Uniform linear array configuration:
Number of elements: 12
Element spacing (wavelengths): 0.25
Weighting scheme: hamming
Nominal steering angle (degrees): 45
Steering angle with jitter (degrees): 43.261
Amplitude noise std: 0.05
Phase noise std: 0.05

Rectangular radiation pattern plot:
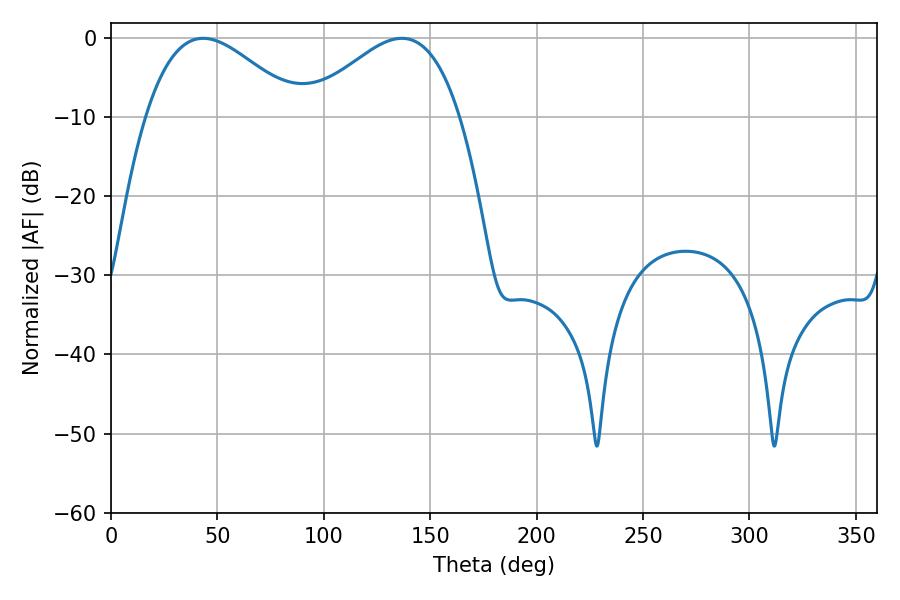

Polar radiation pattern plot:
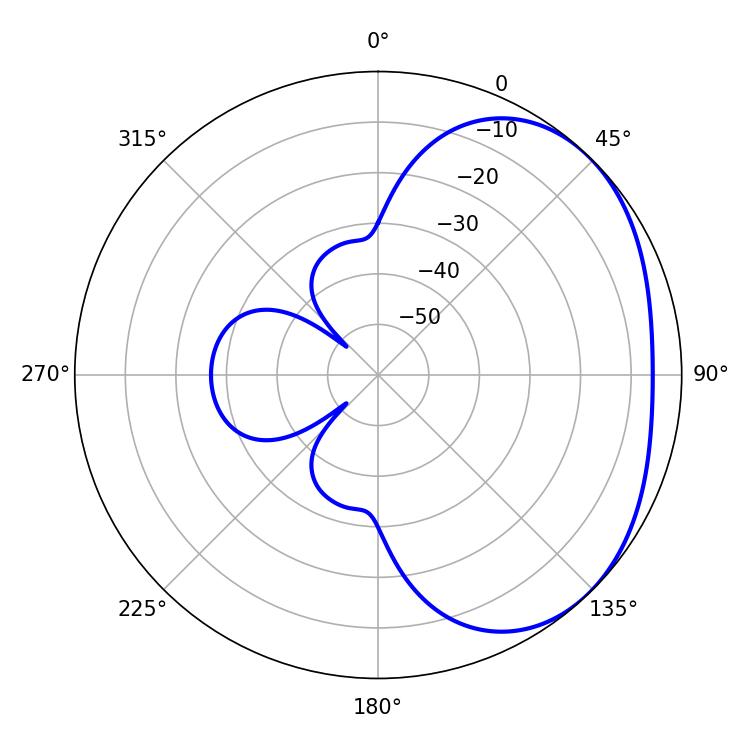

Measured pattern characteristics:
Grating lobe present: FALSE
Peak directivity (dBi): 2.641
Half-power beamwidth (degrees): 38.88
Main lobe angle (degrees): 43.38